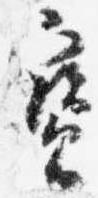
宝